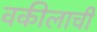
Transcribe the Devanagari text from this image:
वकीलाची